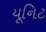
યૂનિટ